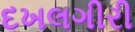
દખલગીરી